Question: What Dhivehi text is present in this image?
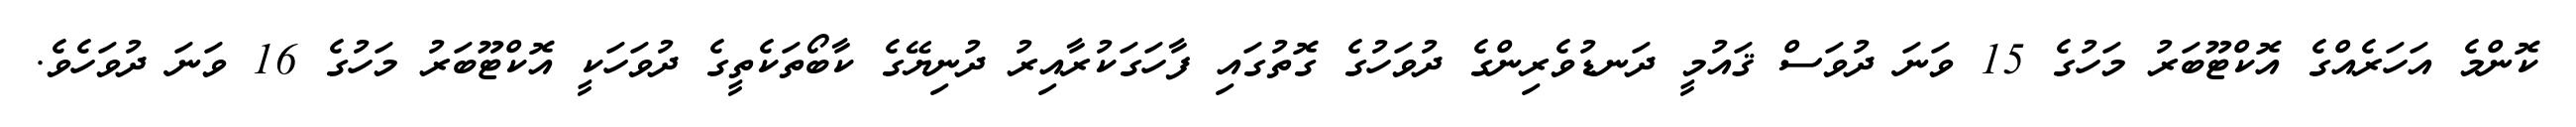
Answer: ކޮންމެ އަހަރެއްގެ އޮކްޓޫބަރު މަހުގެ 15 ވަނަ ދުވަސް ޤައުމީ ދަނޑުވެރިންގެ ދުވަހުގެ ގޮތުގައި ފާހަގަކުރާއިރު ދުނިޔޭގެ ކާބޯތަކެތީގެ ދުވަހަކީ އޮކްޓޫބަރު މަހުގެ 16 ވަނަ ދުވަހެވެ.